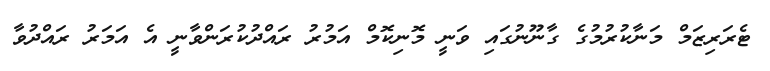
ޓެރަރިޒަމް މަނާކުރުމުގެ ގާނޫނުގައި ވަނީ މޮނިކޮމް އަމުރު ރައްދުކުރަންވާނީ އެ އަމަރު ރައްދުވާ